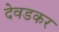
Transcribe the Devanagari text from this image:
देवडकर